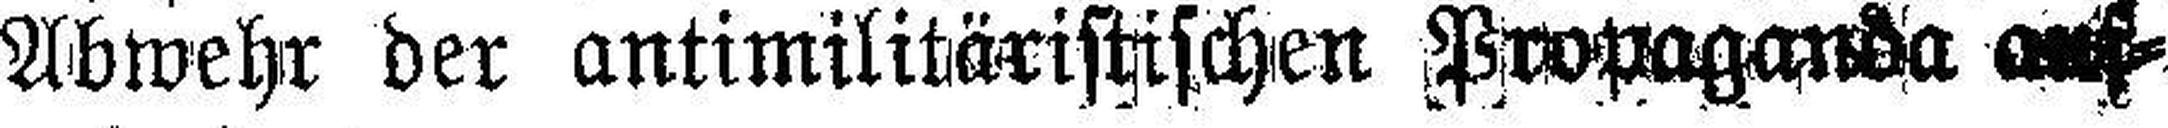
Abwehr der antimilitäristischen Propaganda auf¬